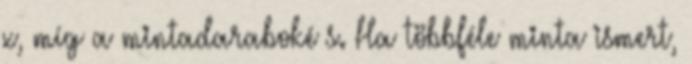
x, míg a mintadaraboké s. Ha többféle minta ismert,